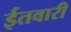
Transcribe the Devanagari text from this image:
ईतवारी